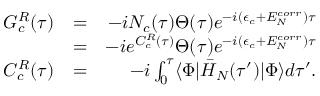
\begin{array} { r l r } { G _ { c } ^ { R } ( \tau ) } & { = } & { - i N _ { c } ( \tau ) \Theta ( \tau ) e ^ { - i ( \epsilon _ { c } + E _ { N } ^ { c o r r } ) \tau } } \\ & { = } & { - i e ^ { C _ { c } ^ { R } ( \tau ) } \Theta ( \tau ) e ^ { - i ( \epsilon _ { c } + E _ { N } ^ { c o r r } ) \tau } } \\ { C _ { c } ^ { R } ( \tau ) } & { = } & { - i \int _ { 0 } ^ { \tau } \langle \Phi | \bar { H } _ { N } ( \tau ^ { \prime } ) | \Phi \rangle d \tau ^ { \prime } . } \end{array}